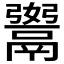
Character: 𩱆